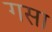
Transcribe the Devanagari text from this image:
गसा